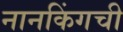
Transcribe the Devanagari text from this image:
नानकिंगची